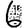
Digit: 6